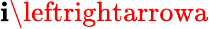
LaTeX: \mathbf{i}\leftrightarrowa